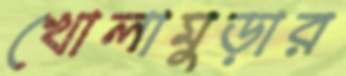
খোলামুড়ার